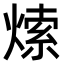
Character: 𤌘